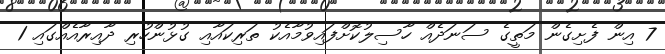
7 އިން ފެށިގެން މަތީގެ ސަނަދެއް ހާސިލުކޮށްފައިވުމާއެކު ތަރިކައާއި ގުޅުންހުރި ދާއިރާއެއްގައި 1